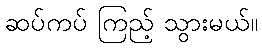
ဆပ်ကပ် ကြည့် သွားမယ်။